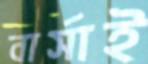
বার্সাই